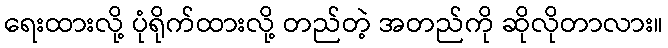
ရေးထားလို့ ပုံရိုက်ထားလို့ တည်တဲ့ အတည်ကို ဆိုလိုတာလား။